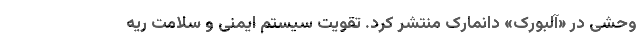
وحشی در «آلبورک» دانمارک منتشر کرد. تقویت سیستم ایمنی و سلامت ریه